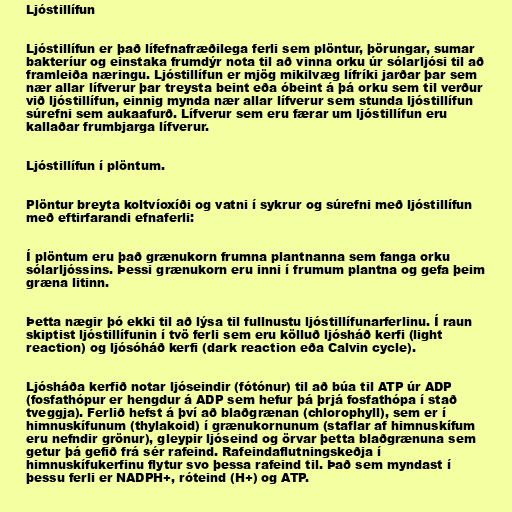
Ljóstillífun

Ljóstillífun er það lífefnafræðilega ferli sem plöntur, þörungar, sumar
bakteríur og einstaka frumdýr nota til að vinna orku úr sólarljósi til að
framleiða næringu. Ljóstillífun er mjög mikilvæg lífríki jarðar þar sem
nær allar lífverur þar treysta beint eða óbeint á þá orku sem til verður
við ljóstillífun, einnig mynda nær allar lífverur sem stunda ljóstillífun
súrefni sem aukaafurð. Lífverur sem eru færar um ljóstillífun eru
kallaðar frumbjarga lífverur.

Ljóstillífun í plöntum.

Plöntur breyta koltvíoxíði og vatni í sykrur og súrefni með ljóstillífun
með eftirfarandi efnaferli:

Í plöntum eru það grænukorn frumna plantnanna sem fanga orku
sólarljóssins. Þessi grænukorn eru inni í frumum plantna og gefa þeim
græna litinn.

Þetta nægir þó ekki til að lýsa til fullnustu ljóstillífunarferlinu. Í raun
skiptist ljóstillífunin í tvö ferli sem eru kölluð ljósháð kerfi (light
reaction) og ljósóháð kerfi (dark reaction eða Calvin cycle).

Ljósháða kerfið notar ljóseindir (fótónur) til að búa til ATP úr ADP
(fosfathópur er hengdur á ADP sem hefur þá þrjá fosfathópa í stað
tveggja). Ferlið hefst á því að blaðgrænan (chlorophyll), sem er í
himnuskífunum (thylakoid) í grænukornunum (staflar af himnuskífum
eru nefndir grönur), gleypir ljóseind og örvar þetta blaðgrænuna sem
getur þá gefið frá sér rafeind. Rafeindaflutningskeðja í
himnuskífukerfinu flytur svo þessa rafeind til. Það sem myndast í
þessu ferli er NADPH+, róteind (H+) og ATP.